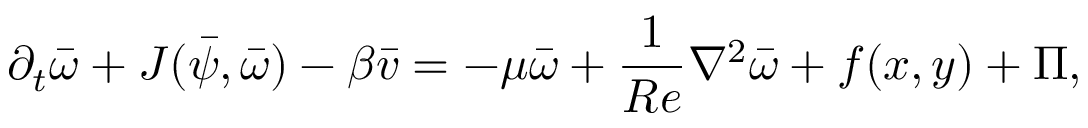
\partial _ { t } \bar { \omega } + J ( \bar { \psi } , \bar { \omega } ) - \beta \bar { v } = - \mu \bar { \omega } + \frac { 1 } { R e } \nabla ^ { 2 } \bar { \omega } + f ( x , y ) + \Pi ,